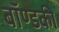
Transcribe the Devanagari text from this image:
बॉण्डकी